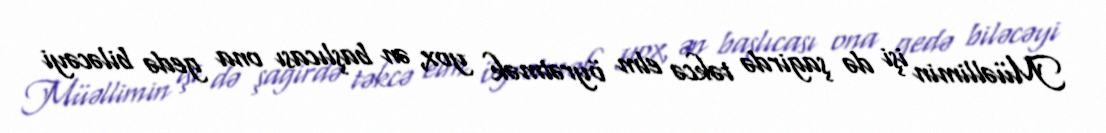
Müəllimin işi də şagirdə təkcə elm öyrətmək yox, ən başlıcası ona gedə biləcəyi